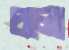
চলো